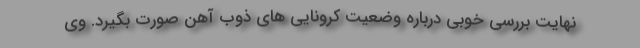
نهایت بررسی خوبی درباره وضعیت کرونایی های ذوب آهن صورت بگیرد. وی